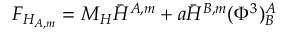
F _ { H _ { A , m } } = M _ { H } \bar { H } ^ { A , m } + a \bar { H } ^ { B , m } ( \Phi ^ { 3 } ) _ { B } ^ { A }